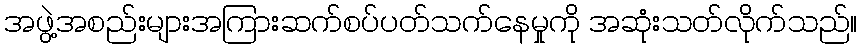
အဖွဲ့အစည်းများအကြားဆက်စပ်ပတ်သက်နေမှုကို အဆုံးသတ်လိုက်သည်။